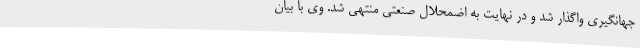
جهانگیری واگذار شد و در نهایت به اضمحلال صنعتی منتهی شد. وی با بیان